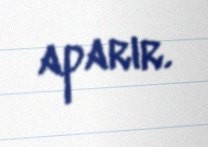
aparır.